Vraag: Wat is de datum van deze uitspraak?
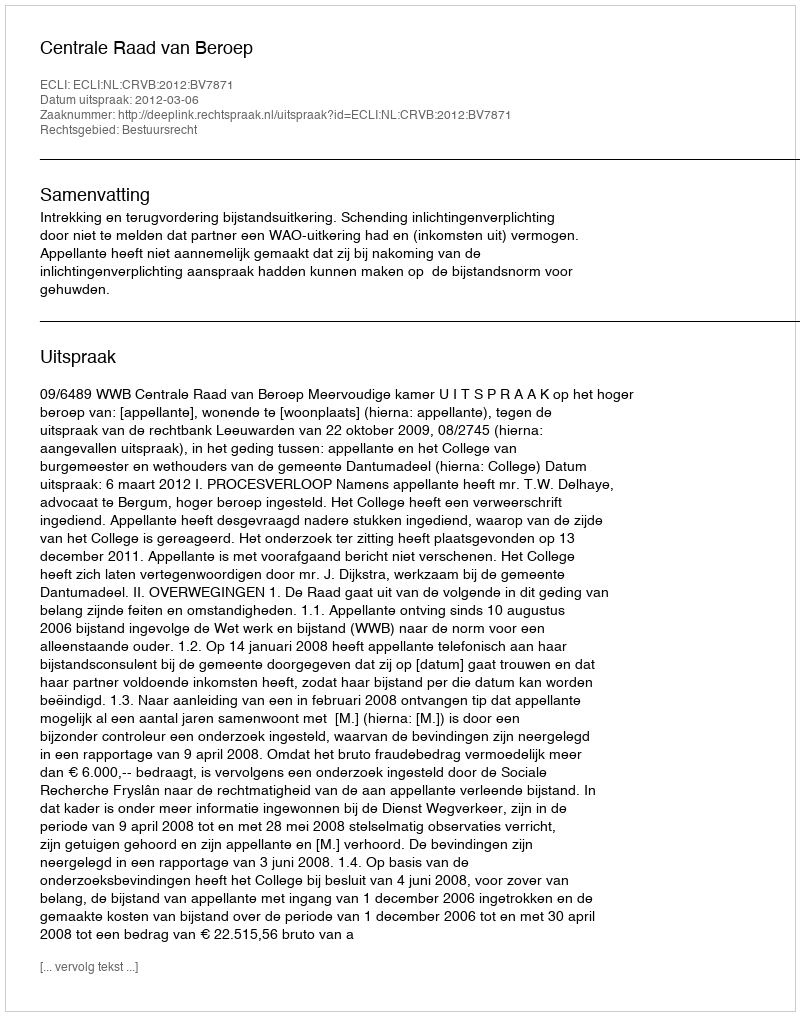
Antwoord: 2012-03-06